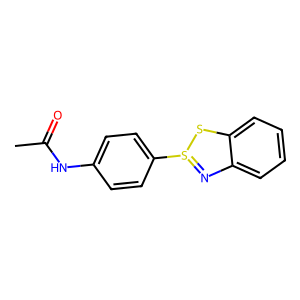
SMILES: CC(=O)Nc1ccc(S2=Nc3ccccc3S2)cc1
Inhibits HIV replication: Yes